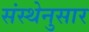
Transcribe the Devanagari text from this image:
संस्थेनुसार